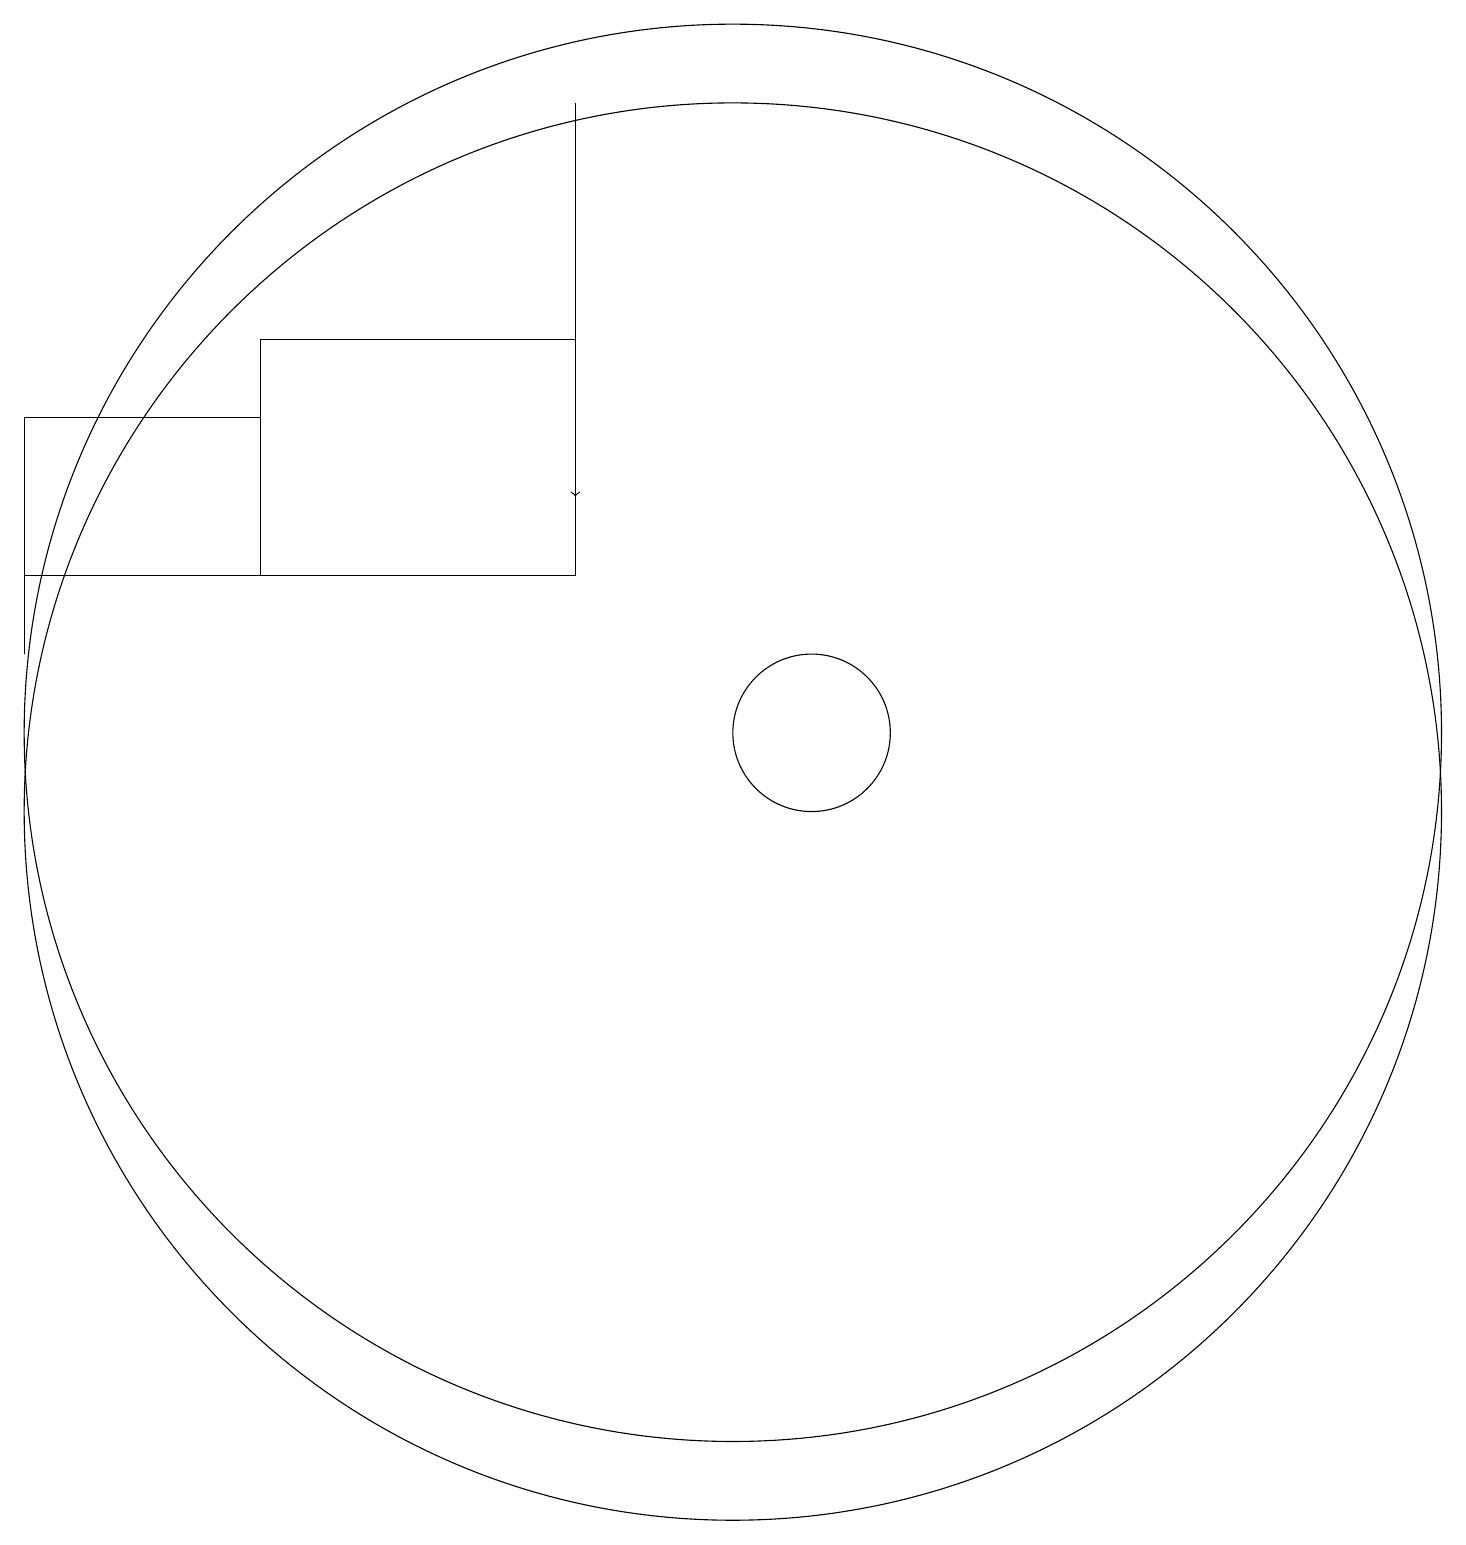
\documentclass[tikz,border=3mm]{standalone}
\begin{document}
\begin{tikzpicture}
\draw (1,13) rectangle (4,15);
\draw (4,16) rectangle (8,13);
\draw (10,11) circle (9);
\draw (1,12) rectangle (1,14);
\draw[->] (8,19) -- (8,14);
\draw (10,10) circle (9);
\draw (1,13) rectangle (1,12);
\draw (11,11) circle (1);
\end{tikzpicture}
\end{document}